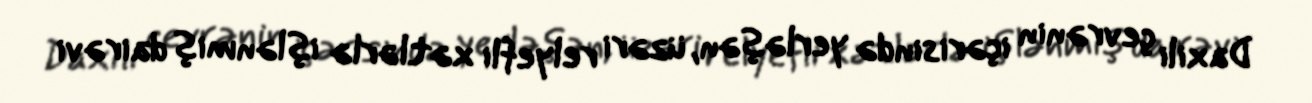
Daxili çevrənin içərisində yerləşən, üzəri relyefli xətlərlə işlənmiş dairəvi